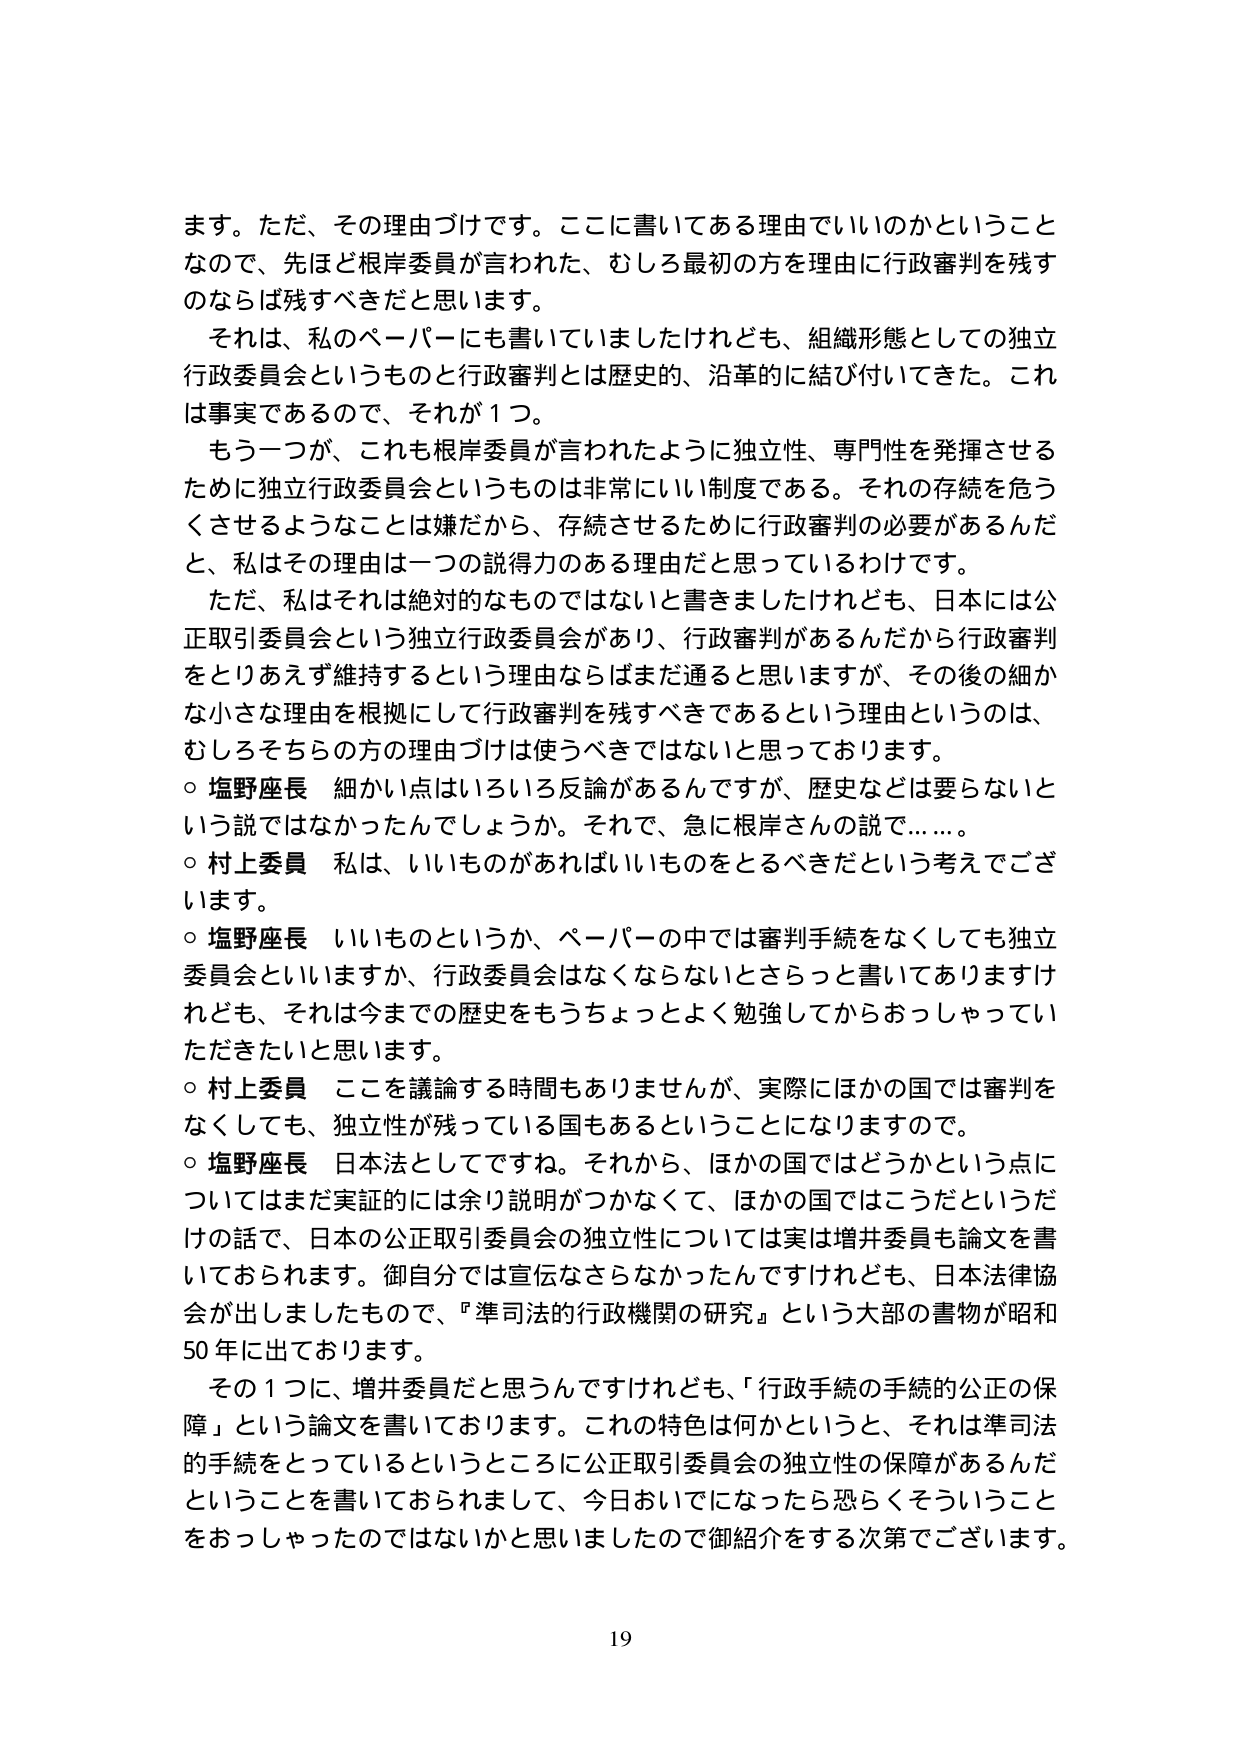
ます。ただ、その理由づけです。ここに書いてある理由でいいのかということなので、先ほど根岸委員が言われた、むしろ最初の方を理由に行政審判を残すのならば残すべきだと思います。

それは、私のペーパーにも書いていましたけれども、組織形態としての独立行政委員会というものと行政審判とは歴史的、沿革的に結び付いてきた。これは事実であるので、それが１つ。

もう一つが、これも根岸委員が言われたように独立性、専門性を発揮させるために独立行政委員会というものは非常にいい制度である。それの存続を危うくさせるようなことは嫌だから、存続させるために行政審判の必要があるんだと、私はその理由は一つの説得力のある理由だと思っているわけです。

ただ、私はそれは絶対的なものではないと書きましたけれども、日本には公正取引委員会という独立行政委員会があり、行政審判があるんだから行政審判をとりあえず維持するという理由ならばまだ通ると思いますが、その後の細かな小さな理由を根拠にして行政審判を残すべきであるという理由というのは、むしろそちらの方の理由づけは使うべきではないと思っております。

○ 塩野座長　細かい点はいろいろ反論があるんですが、歴史などは要らないという説ではなかったんでしょうか。それで、急に根岸さんの説で……。

○ 村上委員　私は、いいものがあればいいものをとるべきだという考えでございます。

○ 塩野座長　いいものというか、ペーパーの中では審判手続をなくしても独立委員会といいますか、行政委員会はなくならないとさらっと書いてありますけれども、それは今までの歴史をもうちょっとよく勉強してからおっしゃっていただきたいと思います。

○ 村上委員　ここを議論する時間もありませんが、実際にはかの国では審判をなくしても、独立性が残っている国もあるということになりますので。

○ 塩野座長　日本法としてですね。それから、ほかの国ではどうかという点についてはまだ実証的には余り説明がつかなくて、ほかの国ではこうだというだけの話で、日本の公正取引委員会の独立性については実は増井委員も論文を書いておられます。御自身では宣伝なさらなかったんですけれども、日本法律協会が出しましたもので、『準司法的行政機関の研究』という大部の書物が昭和50年に出ております。

その１つに、増井委員だと思うんですけれども、「行政手続の手続的公正の保障」という論文を書いております。これの特色は何かというと、それは準司法的手続をとっているというところに公正取引委員会の独立性の保障があるんだということを書いておられまして、今日おいでになったら恐らくそういうことをおっしゃったのではないかと思いましたので御紹介をする次第でございます。

19